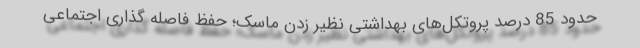
حدود 85 درصد پروتکل‌های بهداشتی نظیر زدن ماسک؛ حفظ فاصله گذاری اجتماعی